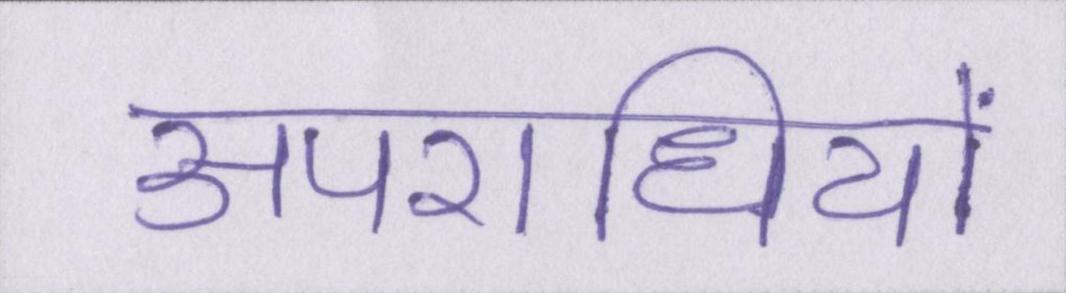
अपराधियों